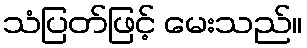
သံပြတ်ဖြင့် မေးသည်။